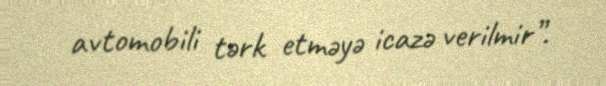
avtomobili tərk etməyə icazə verilmir”.